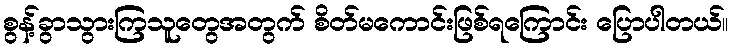
စွန့်ခွာသွားကြသူတွေအတွက် စိတ်မကောင်းဖြစ်ရကြောင်း ပြောပါတယ်။